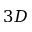
3 D